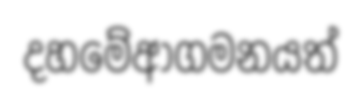
දහමේආගමනයත්